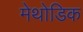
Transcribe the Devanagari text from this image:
मेथोडिक